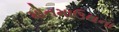
મોનમાઉથના